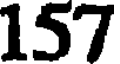
157